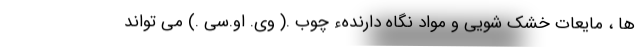
ها ، مایعات خشک شویی و مواد نگاه دارندهء چوب .( وی. او.سی .) می تواند